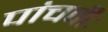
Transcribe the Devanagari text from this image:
पांचवीः